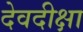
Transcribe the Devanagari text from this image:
देवदीक्षा